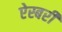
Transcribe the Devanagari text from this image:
ऐस्बरी